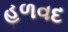
હળવદ